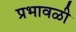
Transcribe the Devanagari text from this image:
प्रभावळी